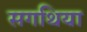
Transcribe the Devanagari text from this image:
सगथिया